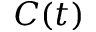
C ( t )